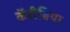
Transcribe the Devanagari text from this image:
कॅरीबिया